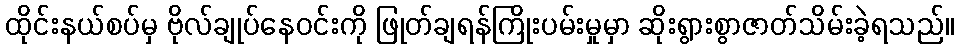
ထိုင်းနယ်စပ်မှ ဗိုလ်ချုပ်နေဝင်းကို ဖြုတ်ချရန်ကြိုးပမ်းမှုမှာ ဆိုးရွားစွာဇာတ်သိမ်းခဲ့ရသည်။